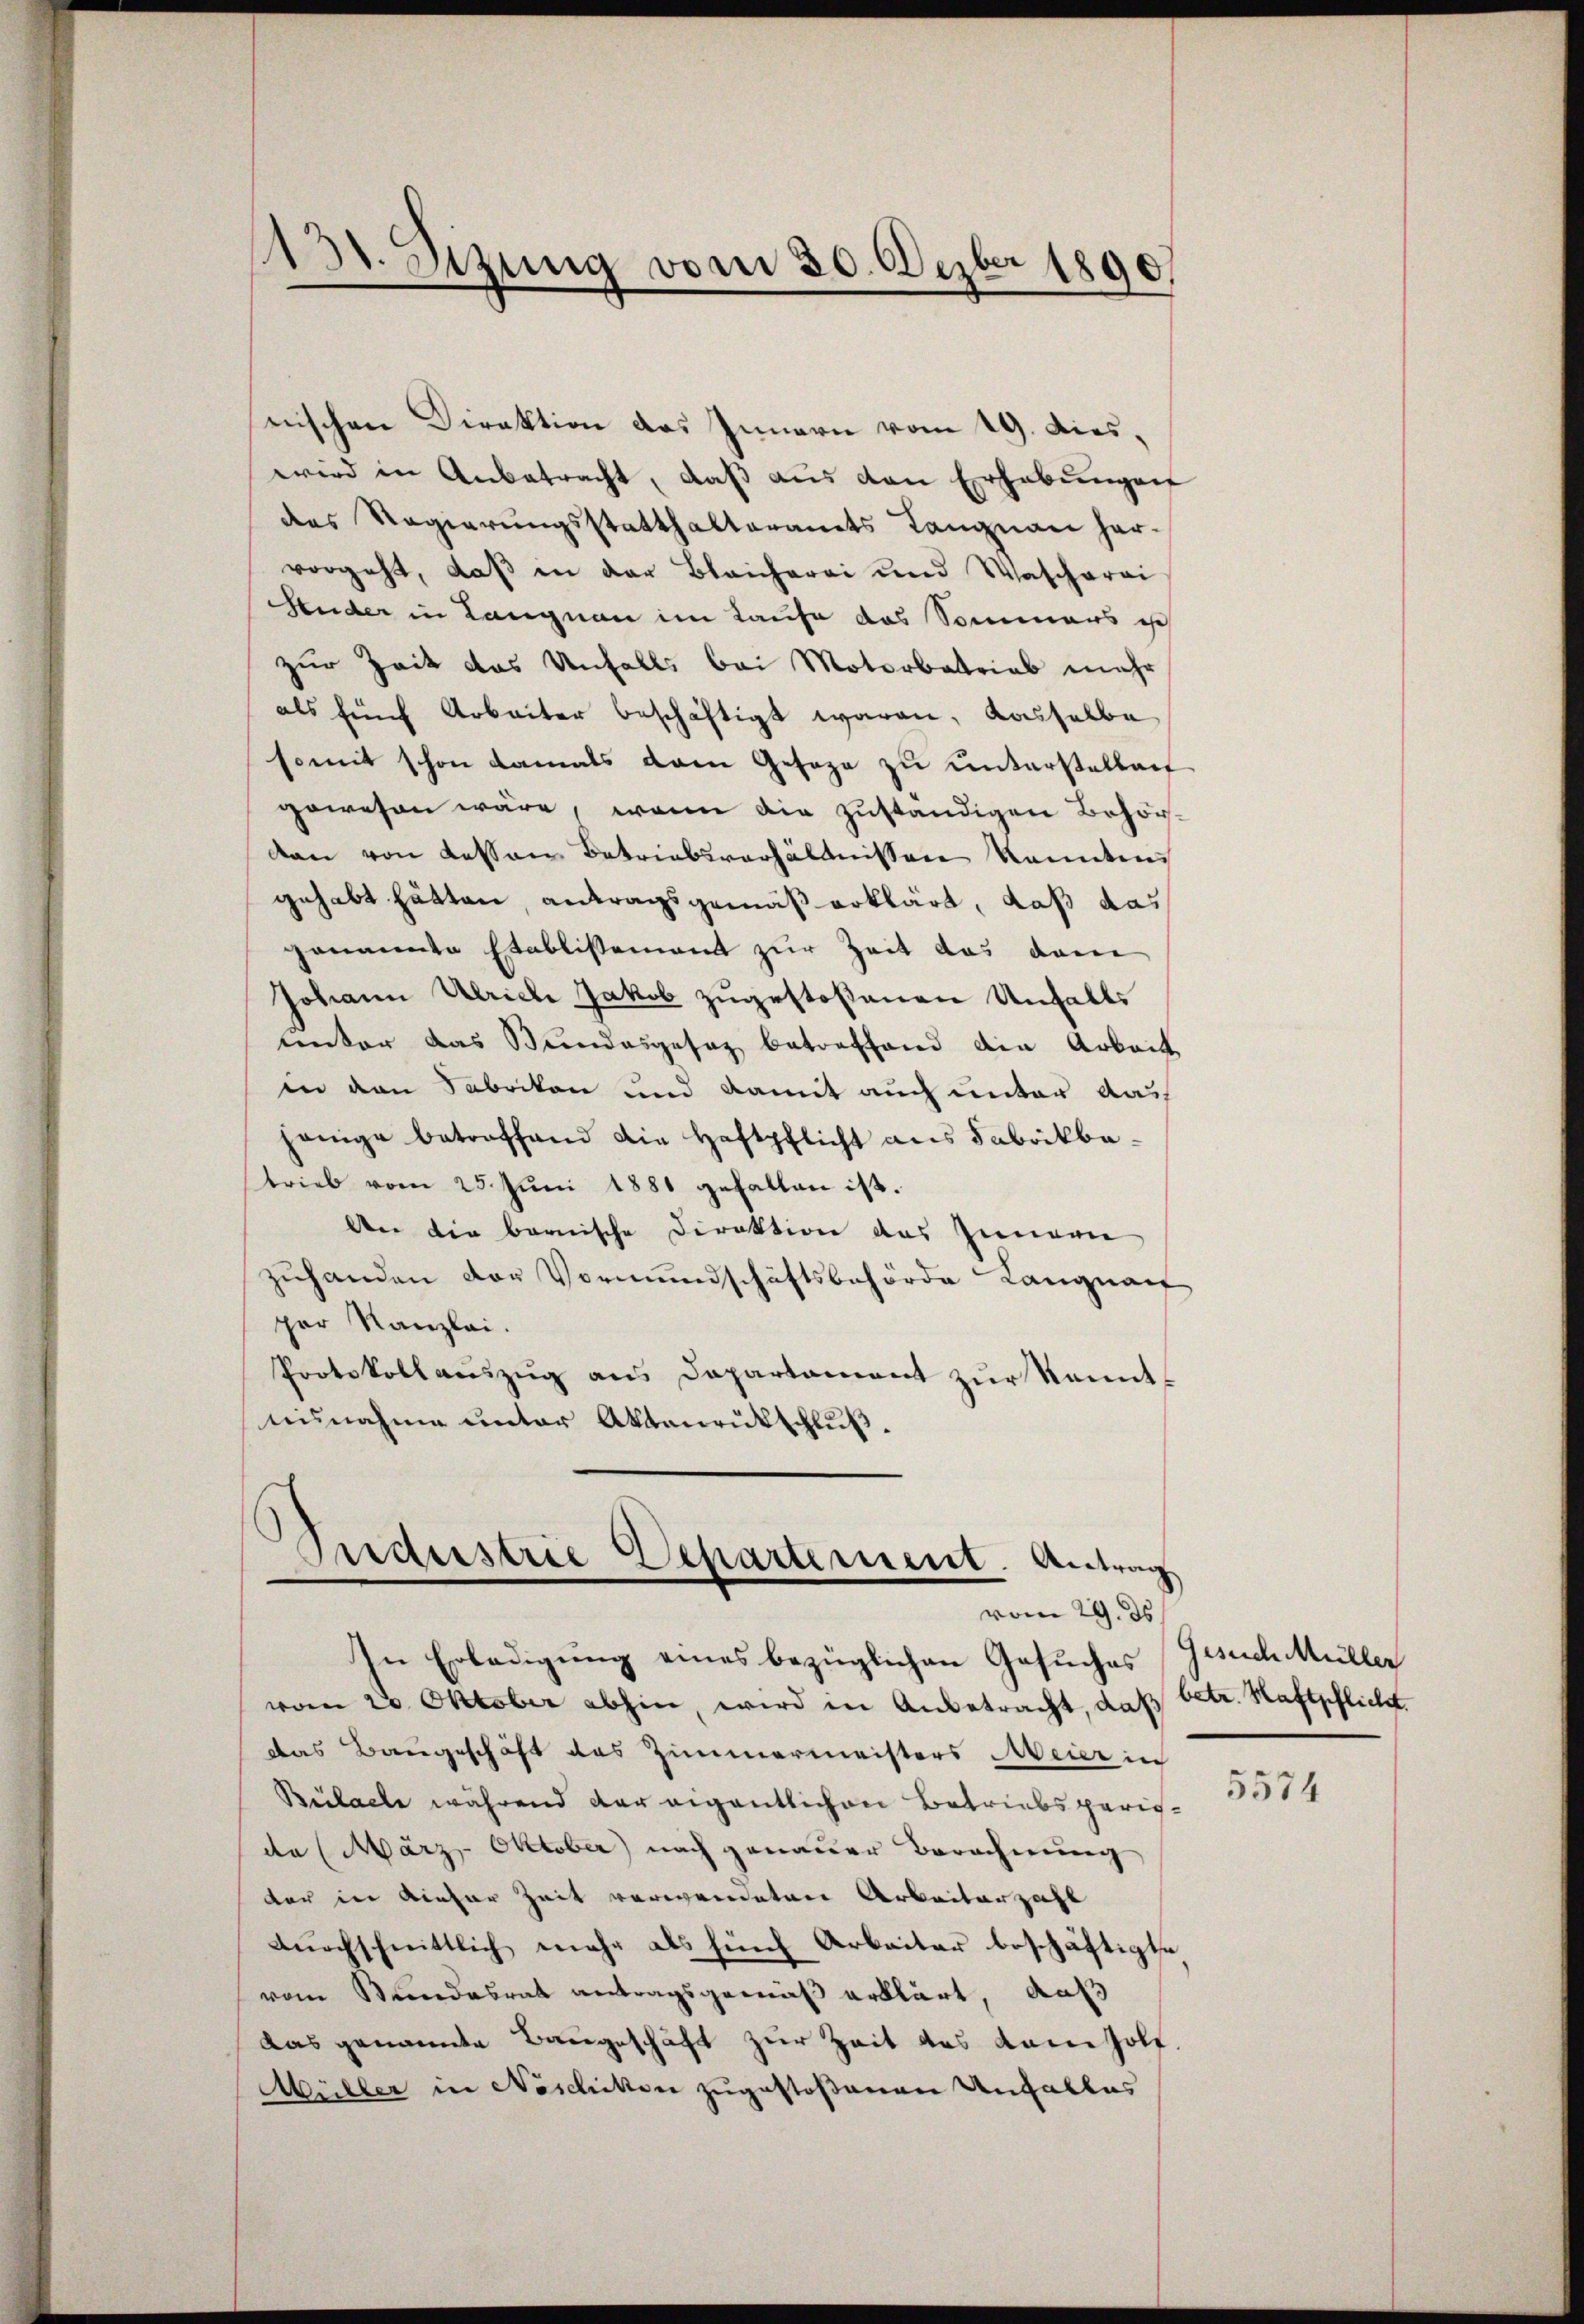
131. Sizung vom 30. Dezbr 1890

nischen Direktion das Innern vom 19. dieswird in Anbetracht, daß aus den Erhebungen
des Regierungsstatthalteramts Langnau har-
vorgeht, daß in der Bleicherei und Wascherei
ender in Langnau im Laufe das Sommens ich
zur Zeit das Unfalls bei Motorbatrieb mehr
als fünf Arbeiter beschäftigt waren, dasselbe
somit schon damals dann Gesage zu unterstellant
gewesen wäre, wenn die zuständigen Behörkan von dessen Betriebsverhältnissen kannten
gehabt hätten, antragsgemäß erklärt, daß das
ganannte Etablissement zur Zeit das dem
Johann Ulriche Jakob zugestoßenen Unfalls
unter das Bundesgesag betreffend die Arbeit
in den Fabrikon und damit auch unter Aus
jenige betreffend die Haftpflicht aus Fabrikbatrieb vom 25. Jŭni 1881 gefallen ist.
An die bernische Direktion des Innern
zuhanden der Vormundschäftsbehörde Langnauf
per Kanzlei.
Protokollaŭszŭg ans Departament zŭr Kennt-
nisnahme unter Aktenrutschluß.

Industrie Departement. Antrag
vom 29. ds.
In Erledigung eines bezüglichen Gesuches Gesuch Müller

vom 20. Oktober abhin, wird in Anbetracht, daß betr. Haftpflicht.
das Baugeschäft des Zimmermeisters Meier in
Bülache während der eigentlichen Betriebsperig-
da (März- Oktober nach genauer Berechnung
der in dieser Zeit verwendeten Arbeiterzahl
dŭrchschnittlich mehr als fünf Arbeiter beschäftigte
vom Mandesrat antragsgemäß erklärt, daß
Das genannte Baugeschäft zur Zeit des Kamholf
Müller in Neschikten zugestoßenen Unfalles

5574